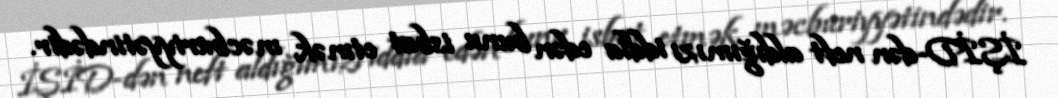
İŞİD-dən neft aldığımızı iddia edən bunu isbat etmək məcburiyyətindədir.